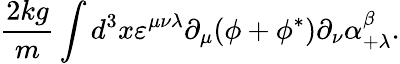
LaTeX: {\frac{2kg}{m}}\int d^{3}x\varepsilon^{\mu\nu\lambda}\partial_{\mu}(\phi+\phi^{*})\partial_{\nu}\alpha_{+\lambda}^{\beta}.